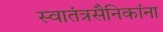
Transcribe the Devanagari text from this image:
स्वातंत्रसैनिकांना